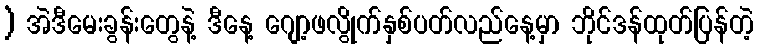
) အဲဒီမေးခွန်းတွေနဲ့ ဒီနေ့ ဂျော့ဖလွိုက်နှစ်ပတ်လည်နေ့မှာ ဘိုင်ဒန်ထုတ်ပြန်တဲ့